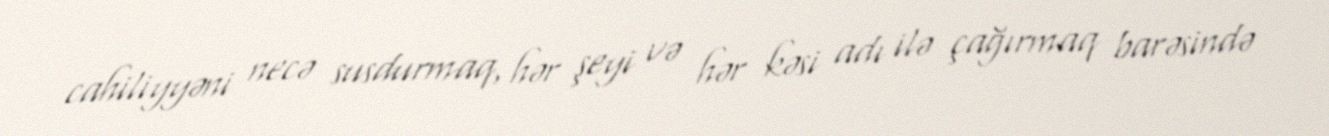
cahiliyyəni necə susdurmaq, hər şeyi və hər kəsi adı ilə çağırmaq barəsində